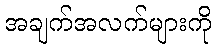
အချက်အလက်များကို